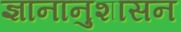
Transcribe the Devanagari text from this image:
ज्ञानानुशासन